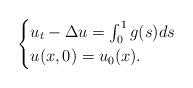
LaTeX: \begin{align*} \begin{cases}u_t-\Delta u=\int_0^1 g(s)ds \\u(x,0)=u_0(x).\end{cases}\end{align*}